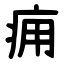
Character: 痈